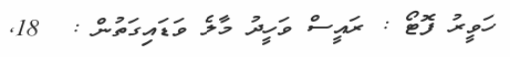
ހަވީރު ފޮޓޯ : ރައީސް ވަހީދު މާލެ ވަޑައިގަތުން :  18